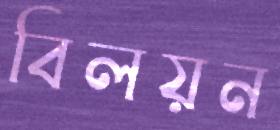
বিলয়ন